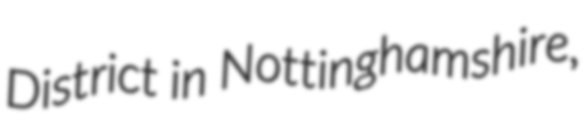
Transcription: District in Nottinghamshire,